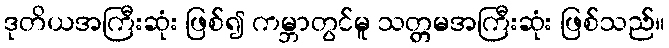
ဒုတိယအကြီးဆုံး ဖြစ်၍ ကမ္ဘာတွင်မူ သတ္တမအကြီးဆုံး ဖြစ်သည်။